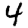
Digit: 4